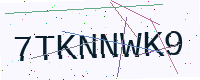
Text: 7TKNNWK9